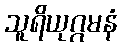
သူရိယုဂ္ဂမနံ